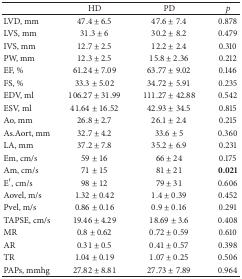
|  | HD | PD | p |
 | --- | --- | --- | --- |
 | LVD, mm | 47.4 ± 6.5 | 47.6 ± 7.4 | 0.878 |
 | LVS, mm | 31.3 ± 6 | 30.2 ± 8.2 | 0.479 |
 | IVS, mm | 12.7 ± 2.5 | 12.2 ± 2.4 | 0.310 |
 | PW, mm | 12.3 ± 2.5 | 15.8 ± 2.36 | 0.212 |
 | EF, % | 61.24 ± 7.09 | 63.77 ± 9.02 | 0.146 |
 | FS, % | 33.3 ± 5.02 | 34.72 ± 5.91 | 0.235 |
 | EDV, ml | 106.27 ± 31.99 | 111.27 ± 42.88 | 0.542 |
 | ESV, ml | 41.64 ± 16.52 | 42.93 ± 34.5 | 0.815 |
 | Ao, mm | 26.8 ± 2.7 | 26.1 ± 2.4 | 0.215 |
 | As.Aort, mm | 32.7 ± 4.2 | 33.6 ± 5 | 0.360 |
 | LA, mm | 37.2 ± 7.8 | 35.2 ± 6.9 | 0.231 |
 | Em, cm/s | 59 ± 16 | 66 ± 24 | 0.175 |
 | Am, cm/s | 71 ± 15 | 81 ± 21 | 0.021 |
 | E′, cm/s | 98 ± 12 | 79 ± 31 | 0.606 |
 | Aovel, m/s | 1.32 ± 0.42 | 1.4 ± 0.39 | 0.452 |
 | Pvel, m/s | 0.86 ± 0.16 | 0.9 ± 0.16 | 0.291 |
 | TAPSE, cm/s | 19.46 ± 4.29 | 18.69 ± 3.6 | 0.408 |
 | MR | 0.8 ± 0.62 | 0.72 ± 0.59 | 0.610 |
 | AR | 0.31 ± 0.5 | 0.41 ± 0.57 | 0.398 |
 | TR | 1.04 ± 0.19 | 1.07 ± 0.25 | 0.506 |
 | PAPs, mmhg | 27.82 ± 8.81 | 27.73 ± 7.89 | 0.964 |